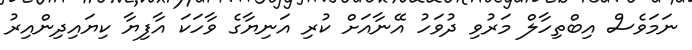
ނަމަވެސް އިބްތިހާލް މަރުވި ދުވަހު އޭނާއަށް ކުރި އަނިޔާގެ ވާހަކަ އާފިޔާ ކިޔައިދިންއިރު